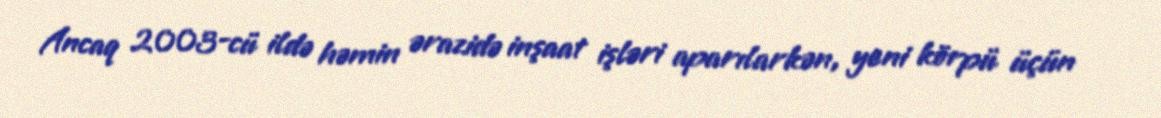
Ancaq 2003-cü ildə həmin ərazidə inşaat işləri aparılarkən, yeni körpü üçün